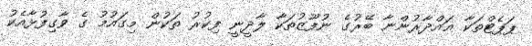
ޕަޕެޓްތަކާ ޣައްދާރުންނާ ބޭރުގެ ނުފޫޒުތަކާ ލާދީނީ ފިކުރު ތަކުން މިގައުމު ގެ ވާގިފުޅާއެކު